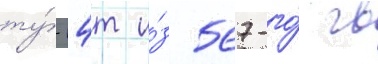
ту́-14т и́з 567-го́ гв